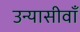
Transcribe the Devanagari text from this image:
उन्यासीवाँ